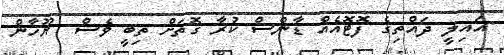
އައިލީ ދައްތިގެ ފޮޓޮއެއް ޑާންސް ކުރާ ގޮތަށް ތިބީ ވެސް  ޔޫހާން